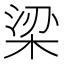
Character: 梁